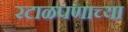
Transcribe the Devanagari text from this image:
रटाळपणाच्या